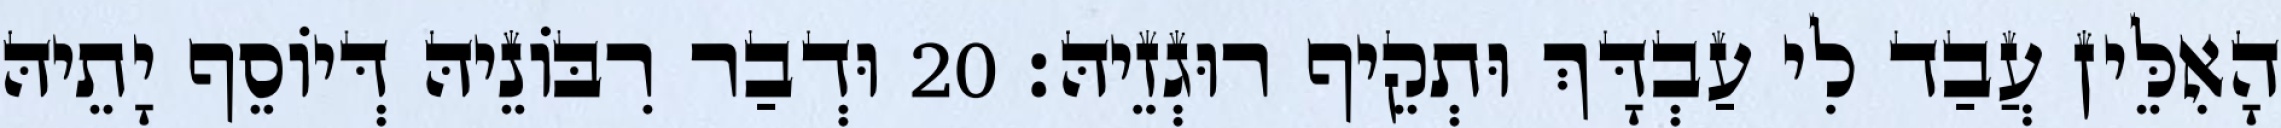
הָאִלֵּין עֲבַד לִי עַבְדָּךְ וּתְקֵיף רוּגְזֵיהּ׃ 20 וּדְבַר רִבּוֹנֵיהּ דְּיוֹסֵף יָתֵיהּ